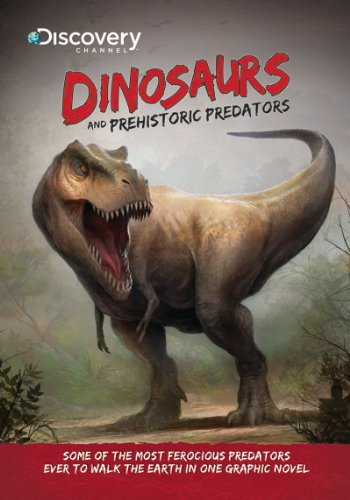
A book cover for Discovery Channels Dinosaurs & Prehistoric Predators (Discovery Channel Books); Neo Edmund; Science & Math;